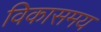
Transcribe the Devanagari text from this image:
विकासमय